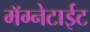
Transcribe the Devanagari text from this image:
मॅग्नेटाईट